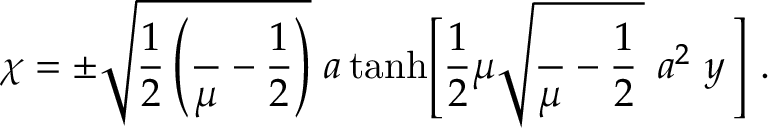
\chi = \pm \sqrt { \frac { 1 } { 2 } \left( \frac { \l } { \mu } - \frac { 1 } { 2 } \right) } \, \, a \operatorname { t a n h } \Biggl [ \frac { 1 } { 2 } \mu \sqrt { \frac { \l } { \mu } - \frac { 1 } { 2 } \, } \, \, a ^ { 2 } \, \, y \, \Biggr ] ~ .